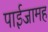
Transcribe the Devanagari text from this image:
पाईजामह